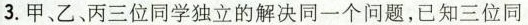
3.甲、乙、丙三位同学独立的解决同一个问题，已知三位同学